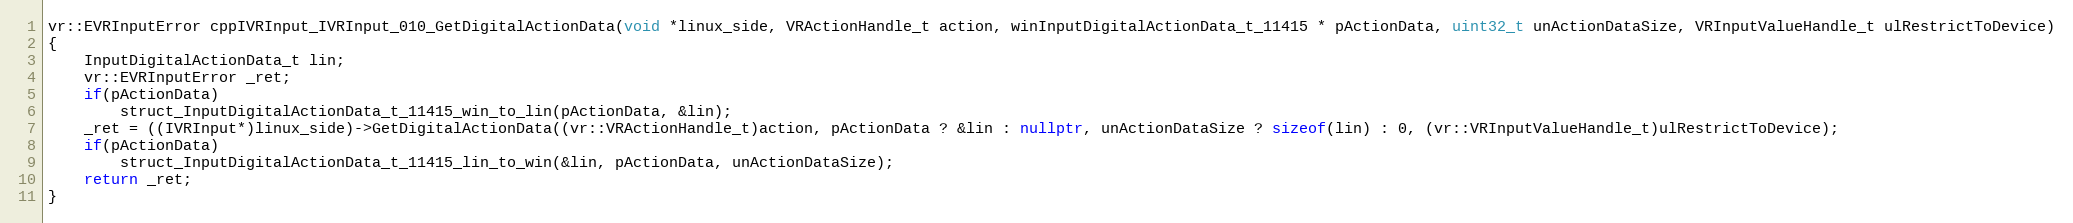
Language: C++
vr::EVRInputError cppIVRInput_IVRInput_010_GetDigitalActionData(void *linux_side, VRActionHandle_t action, winInputDigitalActionData_t_11415 * pActionData, uint32_t unActionDataSize, VRInputValueHandle_t ulRestrictToDevice)
{
    InputDigitalActionData_t lin;
    vr::EVRInputError _ret;
    if(pActionData)
        struct_InputDigitalActionData_t_11415_win_to_lin(pActionData, &lin);
    _ret = ((IVRInput*)linux_side)->GetDigitalActionData((vr::VRActionHandle_t)action, pActionData ? &lin : nullptr, unActionDataSize ? sizeof(lin) : 0, (vr::VRInputValueHandle_t)ulRestrictToDevice);
    if(pActionData)
        struct_InputDigitalActionData_t_11415_lin_to_win(&lin, pActionData, unActionDataSize);
    return _ret;
}